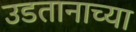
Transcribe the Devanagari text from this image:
उडतानाच्या